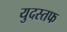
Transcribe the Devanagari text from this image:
युदस्तफ